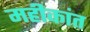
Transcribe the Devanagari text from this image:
महीकांत